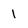
Character: 1